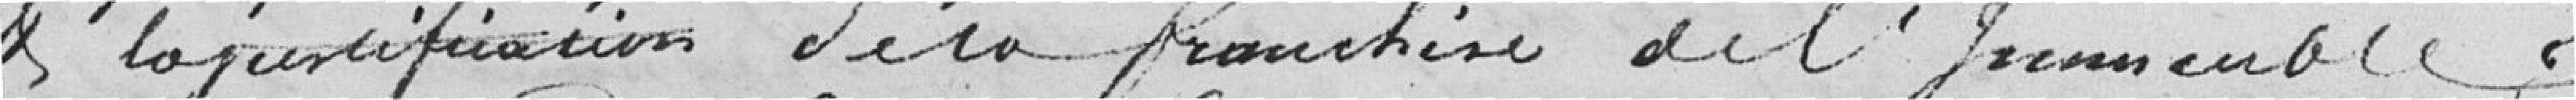
et la justification de la franchise de l'immeuble,